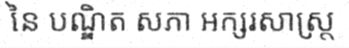
នៃ បណ្ឌិត សភា អក្សរសាស្ត្រ